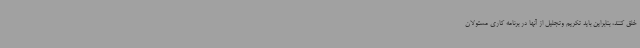
خلق کنند، بنابراین باید تکریم وتجلیل از آنها در برنامه کاری مسئولان